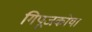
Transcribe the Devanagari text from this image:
गिपूजकोया